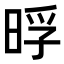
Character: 𭦊